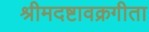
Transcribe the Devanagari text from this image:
श्रीमदष्टावक्रगीता